Indian journal of veterinary science and animal husbandry - Volumes 18-21, 1948-1951
Year: 1948
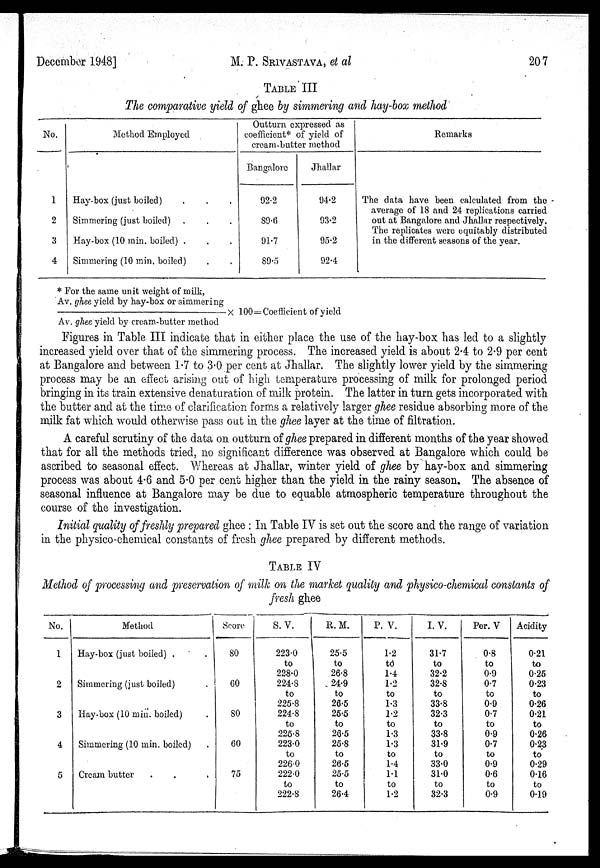
December 1948]
M. P. SRIVASTAVA, et al
207
TABLE III
The comparative yield of ghee by simmering and hay-box method
No.
1
2
3
4
Method Employed
Hay-box (just boiled) . . .
Simmering (just boiled) . . .
Hay-box (10 min. boiled) . . .
Simmering (10 min. boiled) . .
Outturn expressed as
coefficient* of yield of
cream-butter method
Bangalore
92.2
89.6
91.7
89.5
Jhallar
94.2
93.2
95.2
92.4
Remarks
The data have been calculated from the
average of 18 and 24 replications carried
out at Bangalore and Jhallar respectively.
The replicates were equitably distributed
in the different seasons of the year.
* For the same unit weight of milk,
Av. ghee yield by hay-box or simmering / Av. ghee yield by cream-butter method × 100=Coefficient of yield
Figures in Table III indicate that in either place the use of the hay-box has led to a slightly
increased yield over that of the simmering process. The increased yield is about 2.4 to 2.9 per cent
at Bangalore and between 1.7 to 3.0 per cent at Jhallar. The slightly lower yield by the simmering
process may be an effect arising out of high temperature processing of milk for prolonged period
bringing in its train extensive denaturation of milk protein. The latter in turn gets incorporated with
the butter and at the time of clarification forms a relatively larger ghee residue absorbing more of the
milk fat which would otherwise pass out in the ghee layer at the time of filtration.
A careful scrutiny of the data on outturn of ghee prepared in different months of the year showed
that for all the methods tried, no significant difference was observed at Bangalore which could be
ascribed to seasonal effect. Whereas at Jhallar, winter yield of ghee by hay-box and simmering
process was about 4.6 and 5.0 per cent higher than the yield in the rainy season. The absence of
seasonal influence at Bangalore may be due to equable atmospheric temperature throughout the
course of the investigation.
Initial quality of freshly prepared ghee : In Table IV is set out the score and the range of variation
in the physico-chemical constants of fresh ghee prepared by different methods.
TABLE IV
Method of processing and preservation of milk on the market quality and physico-chemical constants of
fresh ghee
No.
1
2
3
4
5
Method
Hay-box (just boiled) .
.
Simmering (just boiled) .
Hay-box (10 min. boiled) .
Simmering (10 min. boiled) .
Cream butter . . .
Score
80
60
80
60
75
S. V.
223.0
to
228.0
224.8
to
225.8
224.8
to
225.8
223.0
to
2260
222.0
to
222.8
R. M.
25.5
to
26.8
24.9
to
26.5
25.5
to
26.5
25.8
to
26.5
25.5
to
26.4
P. V.
1.2
to
1.4
1.2
to
1.3
1.2
to
1.3
1.3
to
1.4
1.1
to
1.2
I. V.
31.7
to
32.2
32.8
to
33.8
32.3
to
33.8
31.9
to
33.0
31.0
to
32.3
Per. V
0.8
to
0.9
0.7
to
0.9
0.7
to
0.9
0.7
to
0.9
0.6
to
0.9
Acidity
0.21
to
0.25
0.23
to
0.26
0.21
to
0.26
0.23
to
0.29
0.16
to
0.19